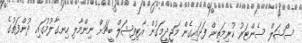
ސޯޝަލް ސެންޓަރު ކުރިމަތިން ފަށައިގެން މަޖީދީމަގުން އާޓިފިޝަލް ބީޗަށް ނިންމާލި ހިނގާލުމުގައި ދުންފަތުގެ